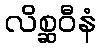
လိစ္ဆဝီနံ